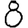
Digit: 8